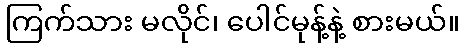
ကြက်သား မလိုင်၊ ပေါင်မုန့်နဲ့ စားမယ်။